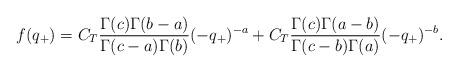
LaTeX: \begin{align*}f(q_+) = C_T \frac{\Gamma(c) \Gamma(b-a)}{\Gamma(c-a) \Gamma(b)}(-q_+)^{-a}+ C_T \frac{\Gamma(c) \Gamma(a-b)}{\Gamma(c-b) \Gamma(a)}(-q_+)^{-b}.\end{align*}